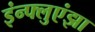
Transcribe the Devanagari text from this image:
इंन्फ्लुएंझा